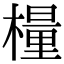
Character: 𣛀